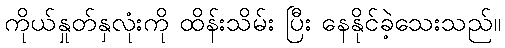
ကိုယ်နှုတ်နှလုံးကို ထိန်းသိမ်း ပြီး နေနိုင်ခဲ့သေးသည်။